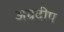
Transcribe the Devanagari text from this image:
अग्रदीप